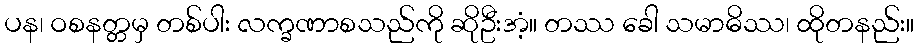
ပန၊ ဝစနတ္တမှ တစ်ပါး လက္ခဏာစသည်ကို ဆိုဦးအံ့။ တဿ ခေါ သမာဓိဿ၊ ထိုတနည်း။